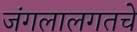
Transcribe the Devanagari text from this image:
जंगलालगतचे